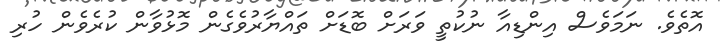
އޮތެވެ. ނަމަވެސް އިންޑިއާ ނުކުތީ ވަރަށް ބޮޑަށް ތައްޔާރުވެގެން މޮޅުވާން ކުރެވެން ހުރި